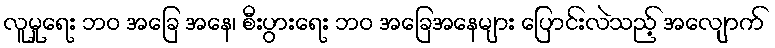
လူမှုရေး ဘဝ အခြေ အနေ၊ စီးပွားရေး ဘဝ အခြေအနေများ ပြောင်းလဲသည့် အလျောက်